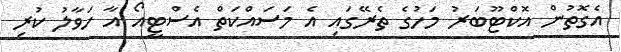
އެގޮތުން އޮކްޓޫބަރު މަހުގެ ތެރޭގައި އެ މަސައްކަތް އެސްޓީއޯ އާ ހަވާލު ކުރި